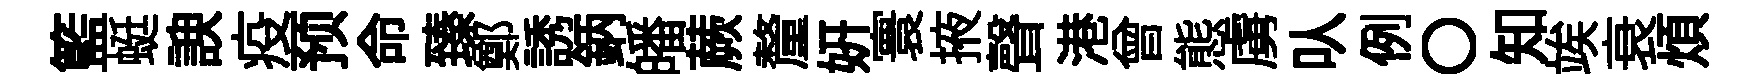
籃蜓諛疫预命臻鄭誘鈵皤蕨釐妍寰掖聲港曾態虜㕥例〇知竢衰煩